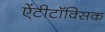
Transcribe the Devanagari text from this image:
ऐंटीटॉक्सिक